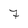
Character: 7